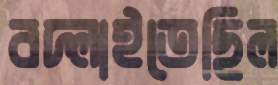
বদ্‌লাইতেছিল